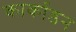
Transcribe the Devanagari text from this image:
कार्काडन